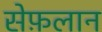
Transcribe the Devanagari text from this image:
सेफ़लान